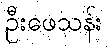
ဦးဖေသန်း